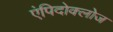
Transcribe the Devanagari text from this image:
एंपिदोक्लोज